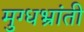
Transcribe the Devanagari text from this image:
मुग्धभ्रांती